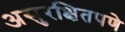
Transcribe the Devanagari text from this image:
असुरक्षितपणे